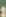
: